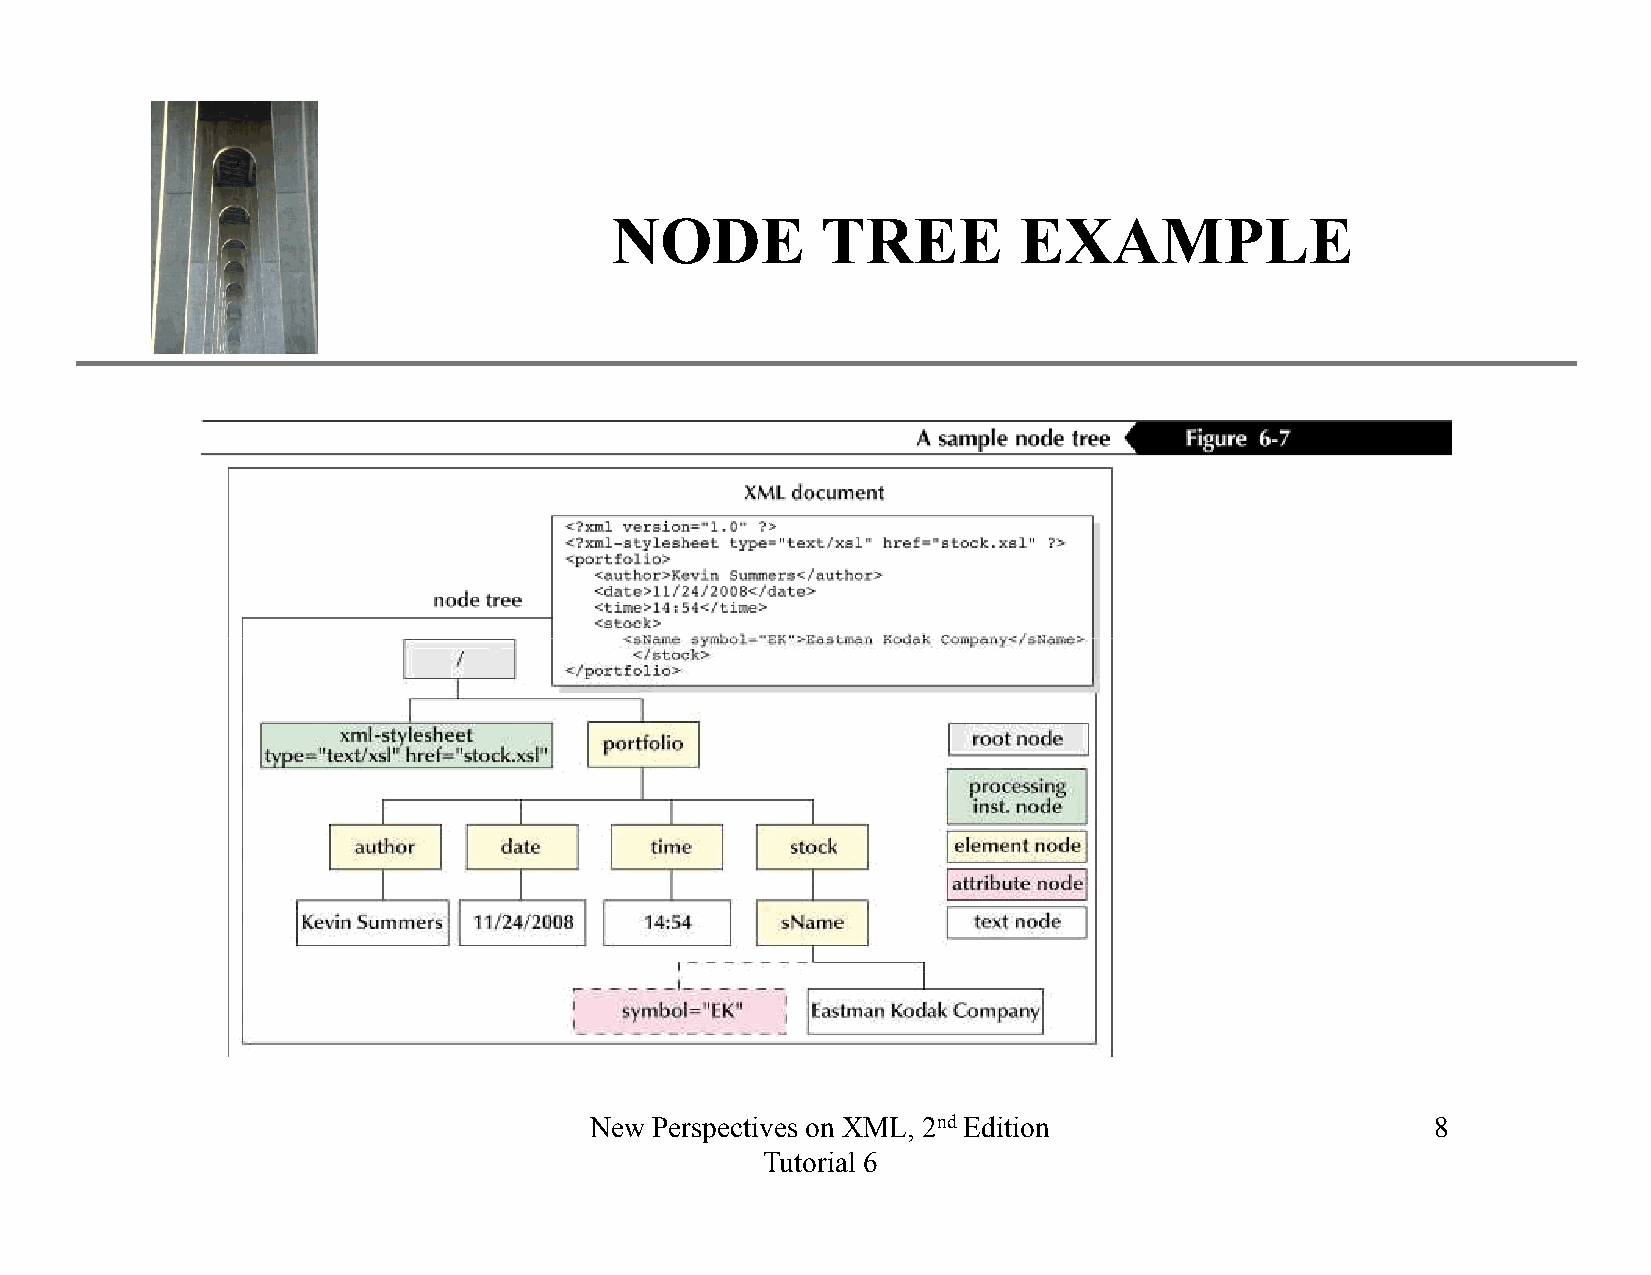
XP
 NODE          TREE         EXAMPLE
 New Perspectives on XML, 2nd Edition                    8
 Tutorial 6